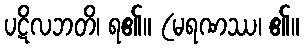
ပဋိလဘတိ၊ ရ၏။ (မရဏဿ၊ ၏။